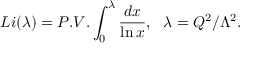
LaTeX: L i ( \lambda ) = P . V . \int _ { 0 } ^ { \lambda } \frac { d x } { \ln x } , ~ ~ \lambda = Q ^ { 2 } / \Lambda ^ { 2 } .